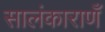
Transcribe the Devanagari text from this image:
सालंकाराणँ